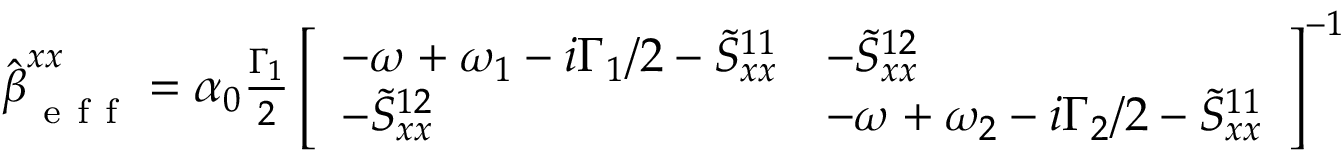
\begin{array} { r } { \hat { \boldsymbol { \beta } } _ { \mathrm { ~ e ~ f ~ f ~ } } ^ { x x } = \alpha _ { 0 } \frac { \Gamma _ { 1 } } { 2 } \left[ \begin{array} { l l } { - \omega + \omega _ { 1 } - i \Gamma _ { 1 } / 2 - \tilde { S } _ { x x } ^ { 1 1 } } & { - \tilde { S } _ { x x } ^ { 1 2 } } \\ { - \tilde { S } _ { x x } ^ { 1 2 } } & { - \omega + \omega _ { 2 } - i \Gamma _ { 2 } / 2 - \tilde { S } _ { x x } ^ { 1 1 } } \end{array} \right] ^ { - 1 } } \end{array}